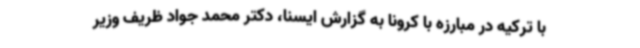
با ترکیه در مبارزه با کرونا به گزارش ایسنا، دکتر محمد جواد ظریف وزیر